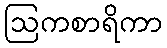
ဩကစာရိကာ